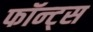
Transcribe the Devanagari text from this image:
फॉन्ट्स